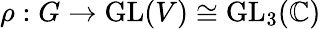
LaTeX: \rho:G\to{\mathrm{GL}}(V)\cong{\mathrm{GL}}_{3}(\mathbb{C})